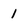
Character: 1